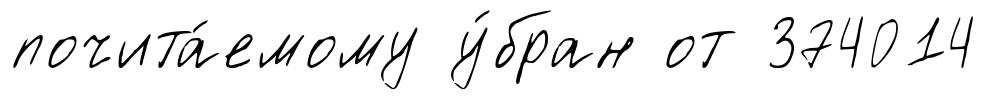
почита́емому у́бран от 374014